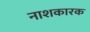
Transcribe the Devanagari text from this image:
नाशकारक